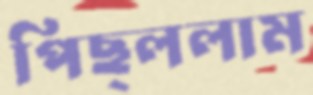
পিছ্‌ললাম